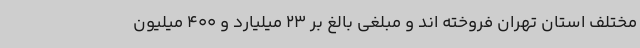
مختلف استان تهران فروخته اند و مبلغی بالغ بر 23 میلیارد و 400 میلیون